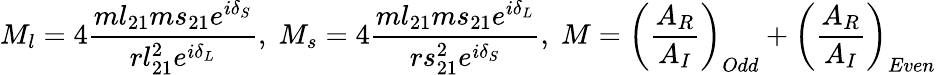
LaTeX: M_{l}=4\frac{ml_{21}ms_{21}e^{i\delta_{S}}}{rl_{21}^{2}e^{i\delta_{L}}},\; M_{s}=4\frac{ml_{21}ms_{21}e^{i\delta_{L}}}{rs_{21}^{2}e^{i\delta_{S}}},\; M=\left(\frac{A_{R}}{A_{I}}\right)_{Odd}+\left(\frac{A_{R}}{A_{I}}\right)_{Even}